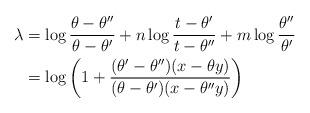
LaTeX: \begin{align*}\begin{aligned} \lambda&=\log \frac{\theta-\theta''}{\theta-\theta'}+n \log \frac{t-\theta'}{t-\theta''}+m \log \frac{\theta''}{\theta'}\\&=\log \left(1+\frac{(\theta'-\theta'')(x-\theta y)}{(\theta-\theta')(x-\theta'' y)}\right)\end{aligned}\end{align*}